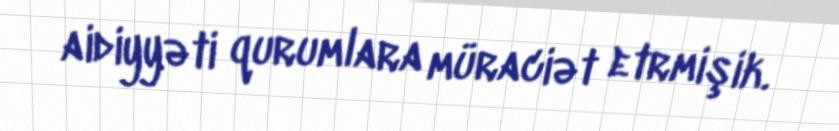
aidiyyəti qurumlara müraciət etrmişik.